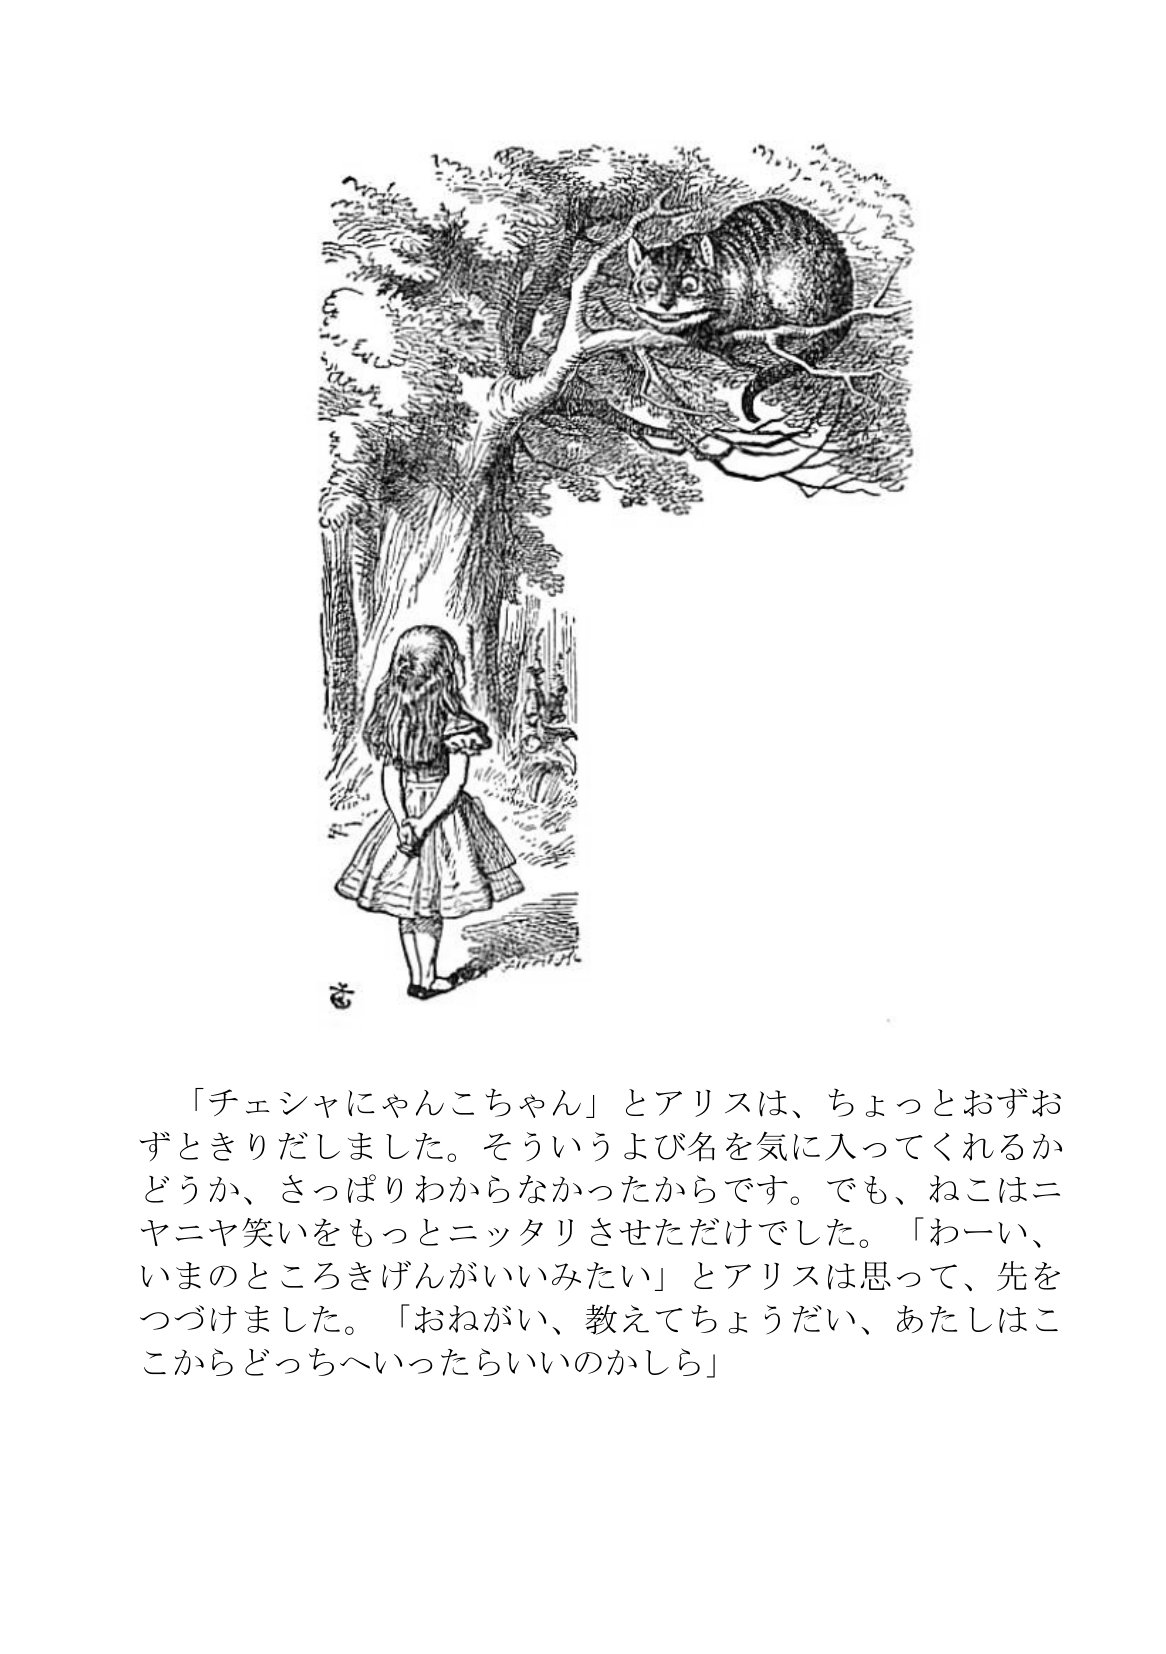
Language: ja